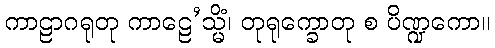
ကာဠာဂရုတု ကာဠေ’သ္မိံ၊ တုရုက္ခောတု စ ပိဏ္ဍကော။